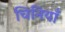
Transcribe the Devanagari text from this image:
चिनियाँ